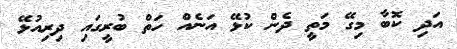
އަދި ކޮބާ މިގޭ މަތީ ދެން ކުޅޭ އަނެއްް ހަތް ބުރީގައި ދިރިއުޅޭ